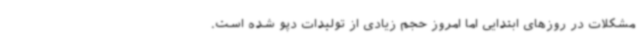
مشکلات در روزهای ابتدایی اما امروز حجم زیادی از تولیدات دپو شده است.